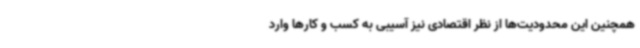
همچنین این محدودیت‌ها از نظر اقتصادی نیز آسیبی به کسب و کارها وارد